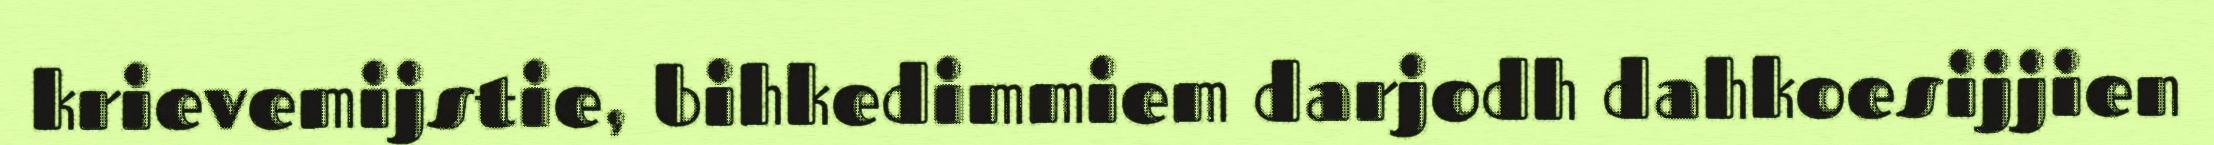
krievemijstie, bihkedimmiem darjodh dahkoesijjien